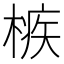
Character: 槉